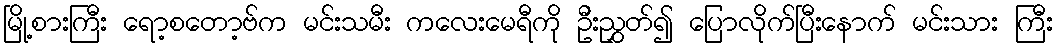
မြို့စားကြီး ရော့စတော့ဗ်က မင်းသမီး ကလေးမေရီကို ဦးညွှတ်၍ ပြောလိုက်ပြီးနောက် မင်းသား ကြီး